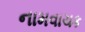
નામવાચક